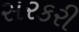
સરકરી